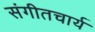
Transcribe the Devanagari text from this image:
संगीतचार्य